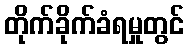
တိုက်ခိုက်ခံရမှုတွင်